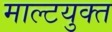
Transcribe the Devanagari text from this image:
माल्टयुक्त